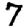
Digit: 7